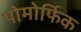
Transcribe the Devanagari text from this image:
पोमोर्फिक